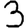
Digit: 3